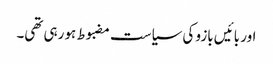
اور بائیں بازو کی سیاست مضبوط ہو رہی تھی۔